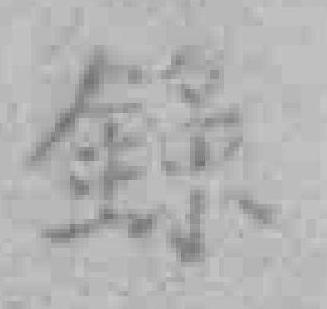
錄